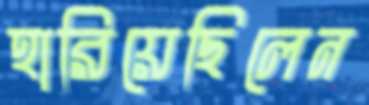
হারিয়েছিলেন